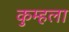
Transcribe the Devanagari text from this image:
कुम्हला